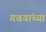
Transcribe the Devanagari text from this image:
गवयांच्या